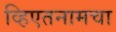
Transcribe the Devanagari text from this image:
व्हिएतनामचा